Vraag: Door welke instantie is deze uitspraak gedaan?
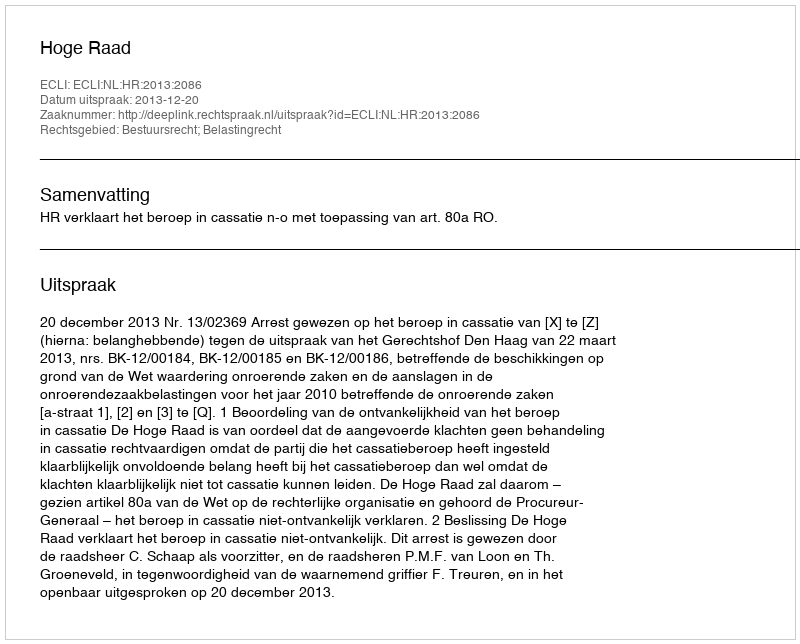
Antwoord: Hoge Raad